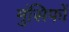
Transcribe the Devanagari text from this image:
मुंसिफों